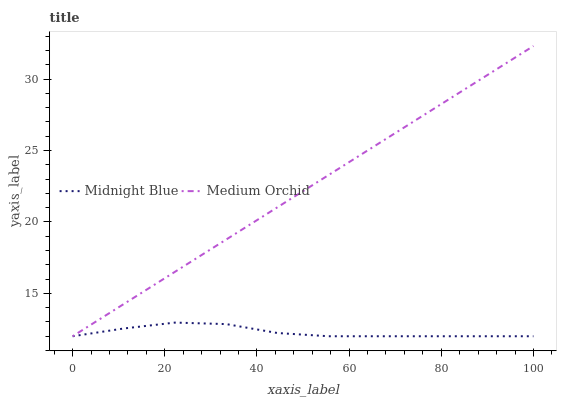
| xaxis_label | Midnight Blue | Medium Orchid |
 | --- | --- | --- |
 | 0 | 12 | 12 |
 | 11.1 | 12.5 | 14.3 |
 | 22.2 | 13 | 16.5 |
 | 33.3 | 12.9 | 18.8 |
 | 44.4 | 12.2 | 21 |
 | 55.6 | 12 | 23.3 |
 | 66.7 | 12 | 25.5 |
 | 77.8 | 12 | 27.8 |
 | 88.9 | 12 | 30.1 |
 | 100 | 12 | 32.3 |